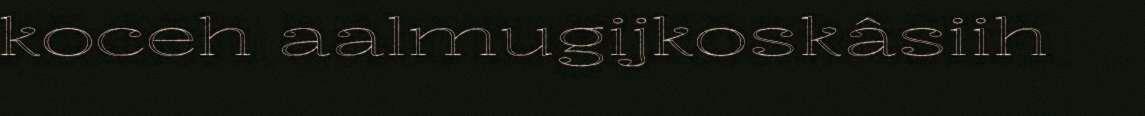
koceh aalmugijkoskâsiih